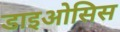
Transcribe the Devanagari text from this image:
डाइओसिस